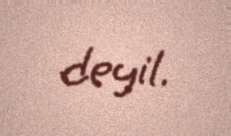
deyil.